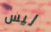
ليس